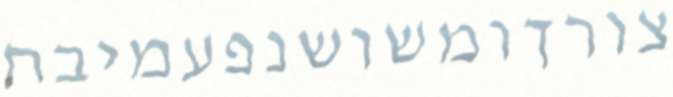
צורךומשושנפעמיבח